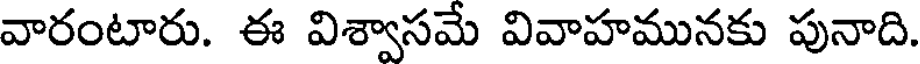
వారంటారు. ఈ విశ్వాసమే వివాహమునకు పునాది.